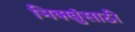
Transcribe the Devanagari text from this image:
भिक्खुंसाठी